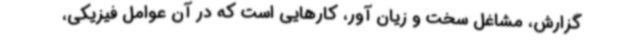
گزارش، مشاغل سخت و زیان آور، کارهایی است که در آن عوامل فیزیکی، ‌